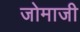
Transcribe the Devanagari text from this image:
जोमाजी